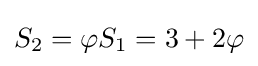
S_{2}=\varphi S_{1}=3+2\varphi